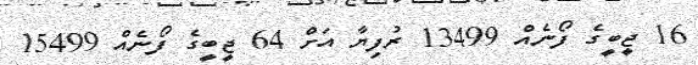
16 ޖީބީގެ ފޯނެއް 13499 ރުފިޔާ އަށް 64 ޖީބީގެ ފޯނެއް 15499